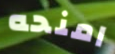
امنحه